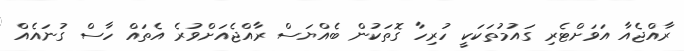
ރާއްޖެއާ އަވަށްޓެރި ގައުމުތަކަކީ ހުރިހާ ގޮތަކުން ބެއްޔަސް ރާއްޖެއަށްވުރެ އެތައް ހާސް ގުނައެއް